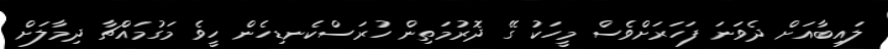
ލައިބާއަށް ދެވަނަ ފަހަރަށްވެސް މީހަކު ގޭ ދޮރުމަތިން ހުރަސްކެނޑިހެން ހީވެ މަގުމައްޗާ ދިމާލަށް